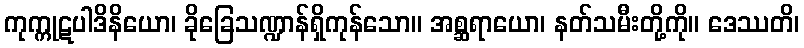
ကုက္ကုဋပါဒိနိယော၊ ခိုခြေသဏ္ဍာန်ရှိကုန်သော။ အစ္ဆရာယော၊ နတ်သမီးတို့ကို။ ဒေဿတိ၊